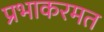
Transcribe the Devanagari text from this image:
प्रभाकरमत